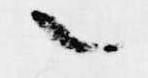
之